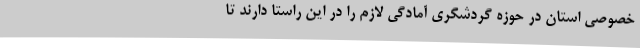
خصوصی استان در حوزه گردشگری آمادگی لازم را در این راستا دارند تا